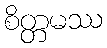
စိတ္တမဿ